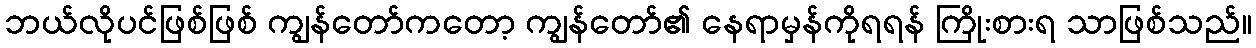
ဘယ်လိုပင်ဖြစ်ဖြစ် ကျွန်တော်ကတော့ ကျွန်တော်၏ နေရာမှန်ကိုရရန် ကြိုးစားရ သာဖြစ်သည်။